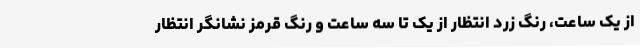
از یک ساعت، رنگ زرد انتظار از یک تا سه ساعت و رنگ قرمز نشانگر انتظار